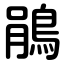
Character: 鵑